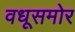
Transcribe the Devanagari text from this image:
वधूसमोर